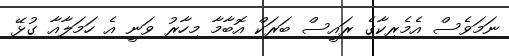
ނަމަވެސް އެމެރިކާގެ ރައީސް ބަރަކް އޮބާމާ މިހާރު ވަނީ އެ ހަމަލާއާ ގުޅޭ